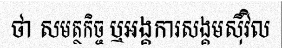
ថា សមត្ថកិច្ច ឬអង្គការសង្គមស៊ីវិល